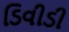
ડિવીડી